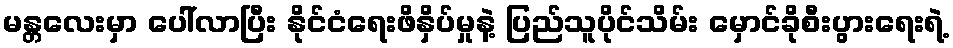
မန္တလေးမှာ ပေါ်လာပြီး နိုင်ငံရေးဖိနှိပ်မှုနဲ့ ပြည်သူပိုင်သိမ်း မှောင်ခိုစီးပွားရေးရဲ့